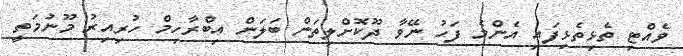
ވެއްޓި ތެޅިތެޅިފައި އެންމެ ފަހު ނޭވާ ދޫކޮށްލިތަން ބަލަން އިބްރާހިމް ހުރިއިރު މޫނުމަތީ